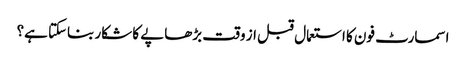
اسمارٹ فون کا استعمال قبل از وقت بڑھاپے کا شکار بناسکتا ہے؟